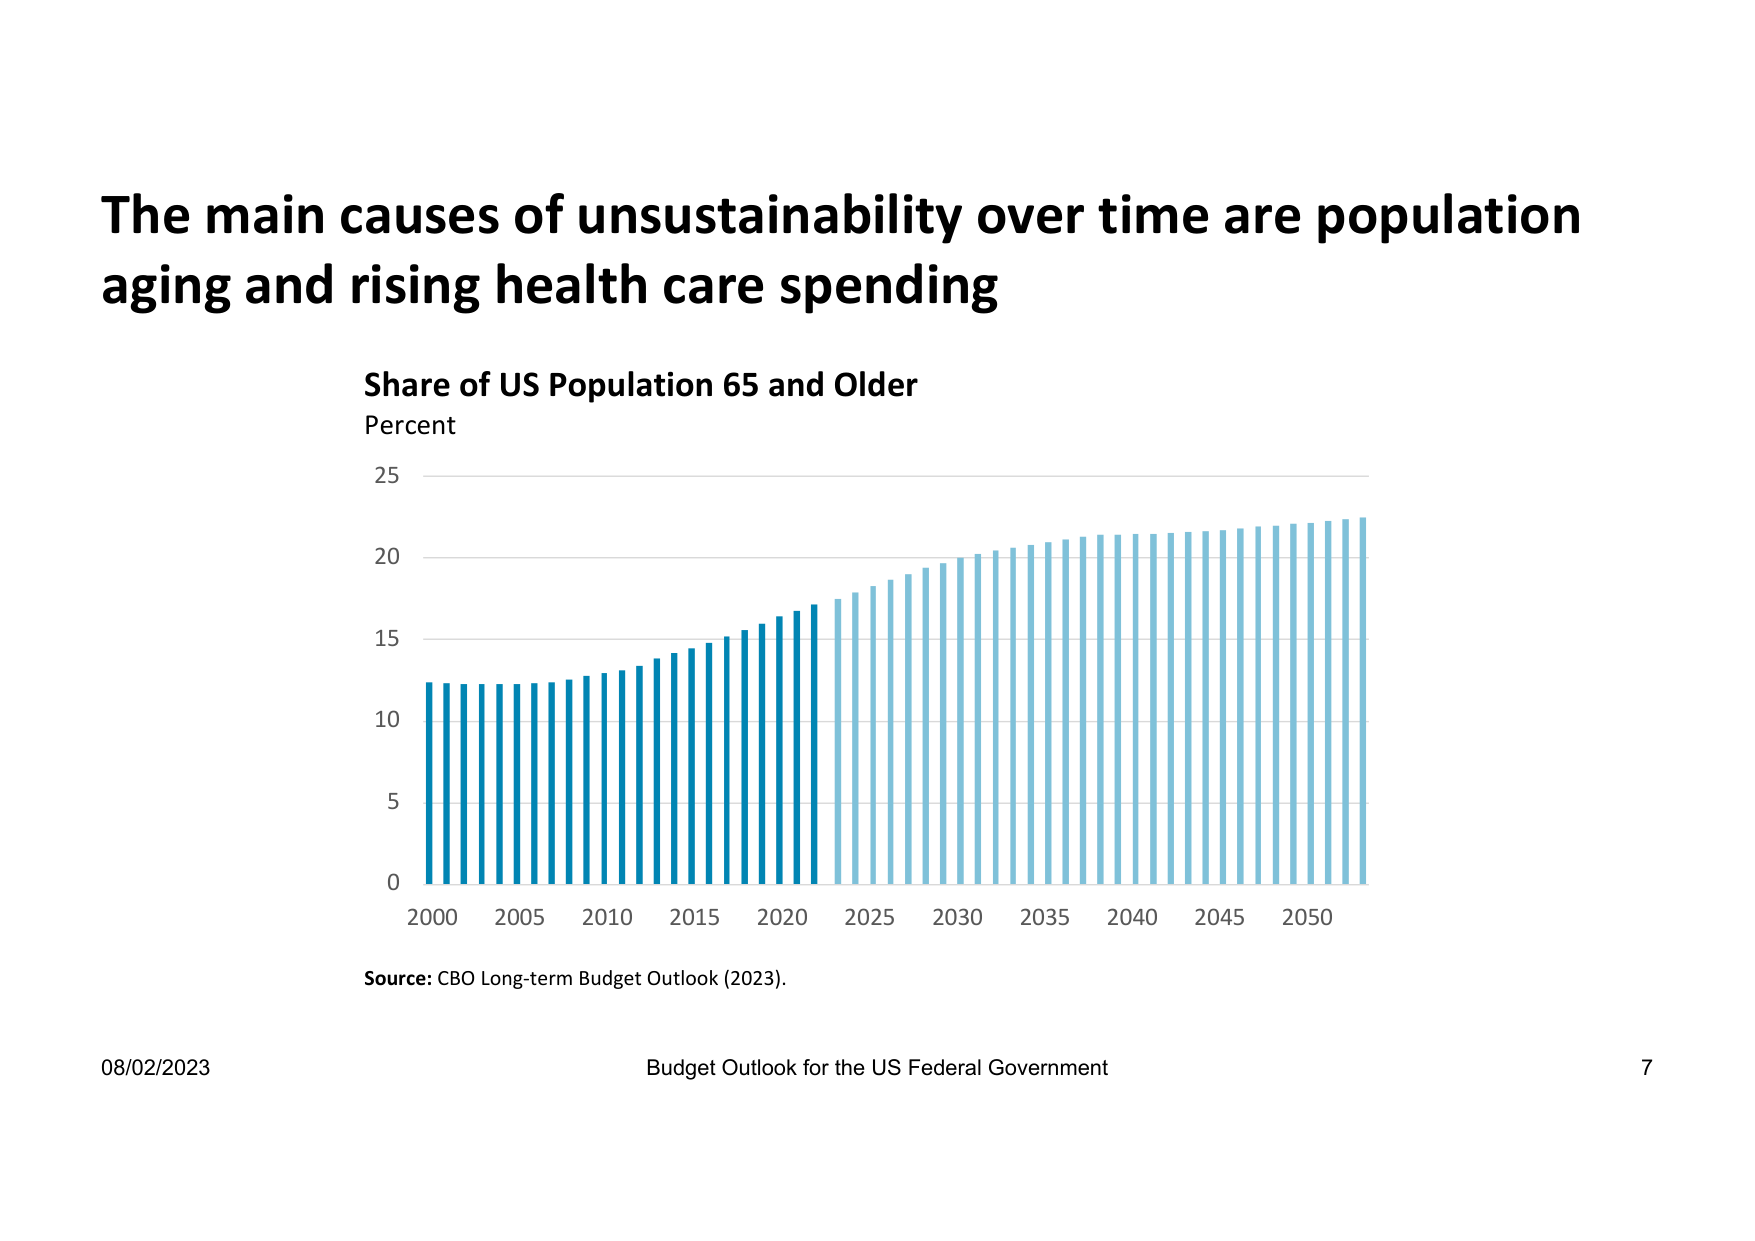
The main causes of unsustainability over time are population aging and rising health care spending

Share of US Population 65 and Older
Percent
25
20
15
10
5
0
2000 2005 2010 2015 2020 2025 2030 2035 2040 2045 2050

Source: CBO Long-term Budget Outlook (2023).

08/02/2023
Budget Outlook for the US Federal Government
7